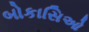
બોકાસિઓ